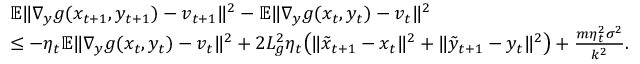
\begin{array} { r l } & { \mathbb { E } \| \nabla _ { y } g ( x _ { t + 1 } , y _ { t + 1 } ) - v _ { t + 1 } \| ^ { 2 } - \mathbb { E } \| \nabla _ { y } g ( x _ { t } , y _ { t } ) - v _ { t } \| ^ { 2 } } \\ & { \leq - \eta _ { t } \mathbb { E } \| \nabla _ { y } g ( x _ { t } , y _ { t } ) - v _ { t } \| ^ { 2 } + 2 L _ { g } ^ { 2 } \eta _ { t } \big ( \| \tilde { x } _ { t + 1 } - x _ { t } \| ^ { 2 } + \| \tilde { y } _ { t + 1 } - y _ { t } \| ^ { 2 } \big ) + \frac { m \eta _ { t } ^ { 2 } \sigma ^ { 2 } } { k ^ { 2 } } . } \end{array}